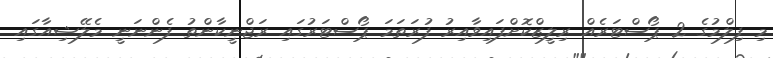
މި ފިލްމުގެ 2 ޕޯސްޓަރެއް ރިލީޒްކޮށްފައިވާއިރު ފުރަތަމަ ޕޯސްޓަރުގައި ރަޖްނީކާންތު ފެންނަނީ މެލޭޝިއާގައި